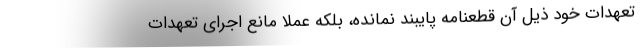
تعهدات خود ذیل آن قطعنامه پایبند نمانده، بلکه عملاً مانع اجرای تعهدات